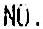
NO.